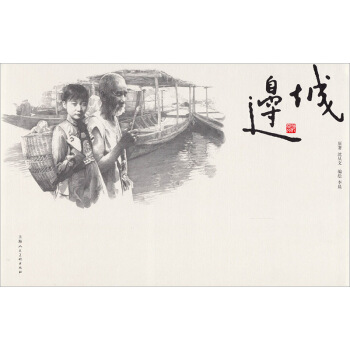
春色边城动，客思故乡来。